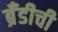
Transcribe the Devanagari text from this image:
ब्रँडीची